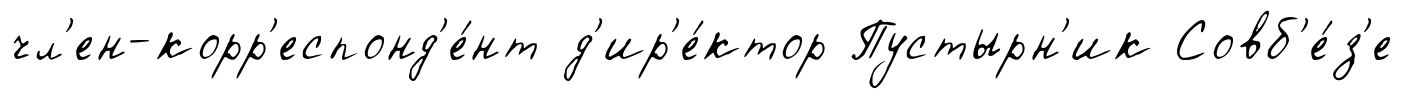
чл'ен-корр'еспонд'е́нт д'ир'е́ктор Пустырн'ик Совб'е́з'е